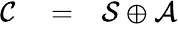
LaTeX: \begin{array}{rlr}{{\cal C}}&{{}=}&{{\cal S}\oplus{\cal A}}\end{array}